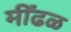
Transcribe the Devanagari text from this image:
मींढळ